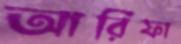
আরিফা